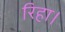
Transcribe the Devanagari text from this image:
रिहा।